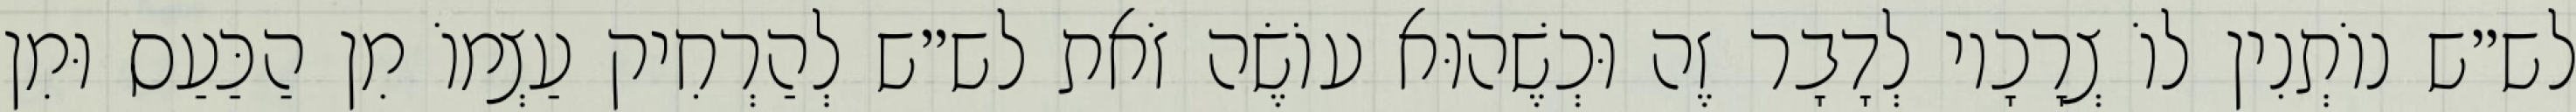
לש״ש נוֹתְנִין לוֹ צְרָכָיו לְדָבָר זֶה וּכְשֶׁהוּא עוֹשֶׂה זֹאת לש״ש לְהַרְחִיק עַצְמוֹ מִן הַכַּעַס וּמִן